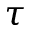
\tau